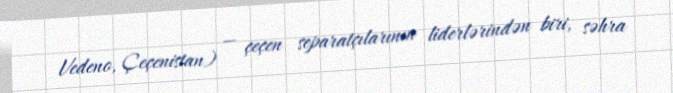
Vedeno, Çeçenistan) — çeçen separatçılarının liderlərindən biri, səhra